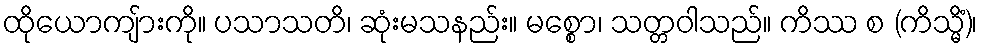
ထိုယောကျ်ားကို။ ပသာသတိ၊ ဆုံးမသနည်း။ မစ္စော၊ သတ္တဝါသည်။ ကိဿ စ (ကိသ္မိံ)၊